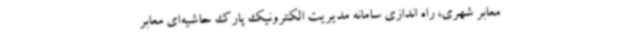
معابر شهری، راه اندازی سامانه مدیریت الکترونیک پارک حاشیه‌ای معابر